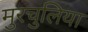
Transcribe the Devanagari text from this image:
मुरचुलिया